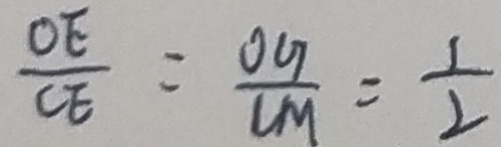
\frac { O E } { C E } = \frac { O G } { C M } = \frac { 1 } { 2 }